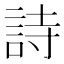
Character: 詩